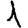
Digit: 1